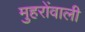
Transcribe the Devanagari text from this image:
मुहरोंवाली